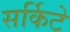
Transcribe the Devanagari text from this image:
सर्किटे